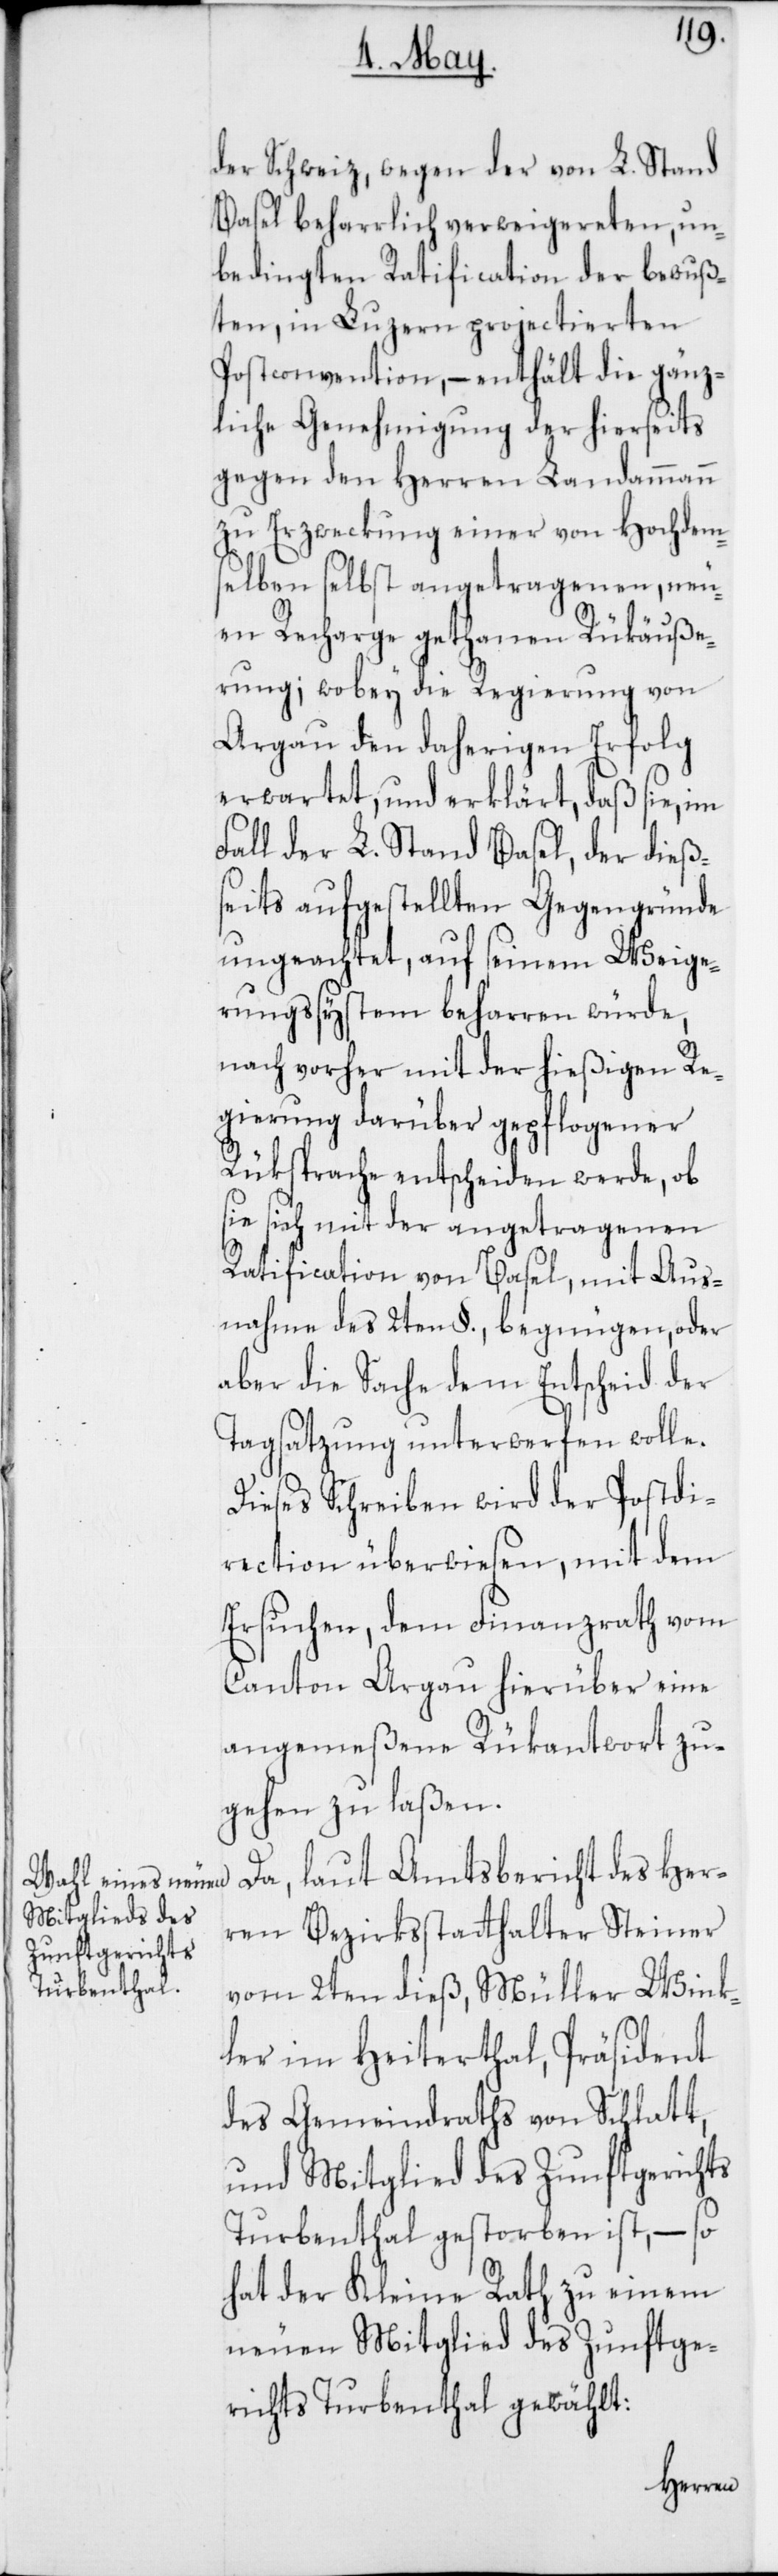
der Schweiz, wegen der von L. Stand
Basel beharrlich verweigereten un¬
bedingten Ratification der bewuß¬
ten, in Luzern projectierten
Postconvention, – enthält die gänz¬
liche Genehmigung der hierseits
gegen den Herren Landammann
zu Erzweckung einer von Hochdem¬
selben selbst angetragenen, neu¬
en Recharge gethanen Rükäuße¬
rung; wobey die Regierung von
Argau den daherigen Erfolg
erwartet, und erklärt, daß sie, im
Fall der L. Stand Basel, der dieß¬
eits aufgestellten Gegengründe
ungeachtet, auf seinem Weige¬
rungßystem beharren würde,
nach vorher mit der hießigen Re¬
gierung darüber gepflogener
Rüksprache entscheiden werde, ob
sie sich mit der angetragenen
Ratification von Basel, mit Aus¬
nahme des 2ten §., begnügen, oder
aber die Sache dem Entscheid der
Tagsatzung unterwerfen wolle.
Dieses Schreiben wird der Postdi¬
rection überwiesen, mit dem
Ersuchen, dem Finanzrath vom
Canton Argau hierüber eine
angemeßene Rükantwort zu¬
gehen zu laßen.
Da, laut Amtsbericht des Her¬
ren Bezirksstatthalter Steiner
vom 2ten dieß, Müller Wink¬
ler im Heiterthal, Präsident
des Gemeindrathes von Schlatt,
und Mitglied des Zunftgerichts
Turbenthal gestorben ist, – so
hat der Kleine Rath zu einem
neuen Mitglied des Zunftge¬
richts Turbenthal gewählt: